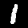
Digit: 1